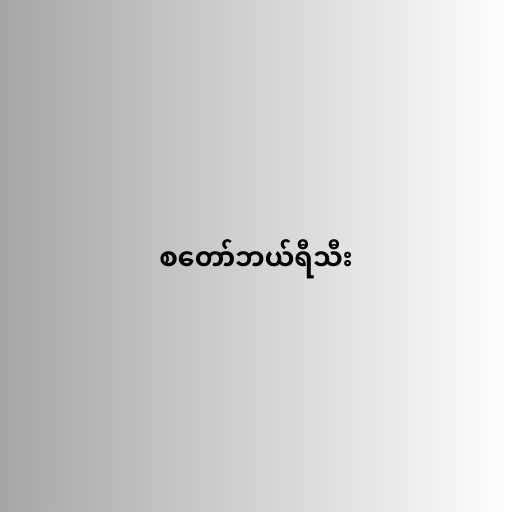
စတော်ဘယ်ရီသီး